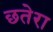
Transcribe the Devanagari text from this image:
छतेरा